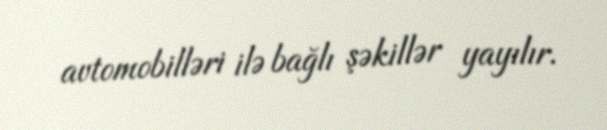
avtomobilləri ilə bağlı şəkillər yayılır.